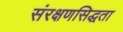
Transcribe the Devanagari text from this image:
संरक्षणसिद्धता